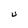
Character: U